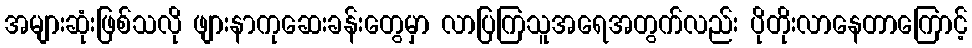
အများဆုံးဖြစ်သလို ဖျားနာကုဆေးခန်းတွေမှာ လာပြကြသူအရေအတွက်လည်း ပိုတိုးလာနေတာကြောင့်